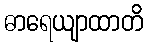
ဓာရေယျာထာတိ